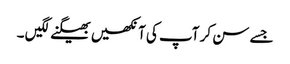
جسے سن کر آپ کی آنکھیں بھیگنے لگیں ۔